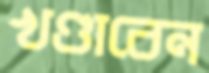
খণ্ডাবেন